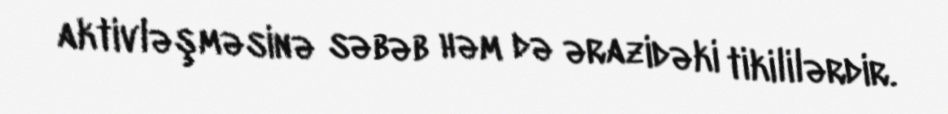
aktivləşməsinə səbəb həm də ərazidəki tikililərdir.